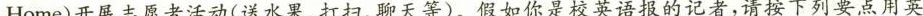
Home)开展志愿者活动(送水果、打扫、聊天等)。假如你是校英语报的记者，请按下列要点用英